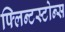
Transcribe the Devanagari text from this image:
फ्लिन्टस्टोन्स